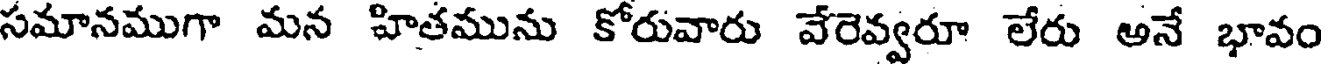
సమానముగా మన హితమును కోరువారు వేరెవ్వరూ లేరు అనే భావం